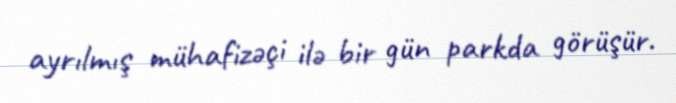
ayrılmış mühafizəçi ilə bir gün parkda görüşür.